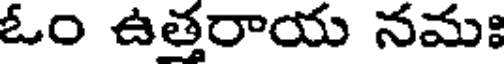
ఓం ఉత్తరాయ నమః